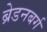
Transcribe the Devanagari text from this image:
ब्रेडनबर्ग